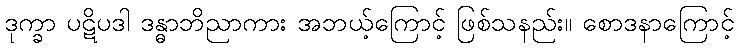
ဒုက္ခာ ပဋိပဒါ ဒန္ဓာဘိညာကား အဘယ့်ကြောင့် ဖြစ်သနည်း။ စောဒနာကြောင့်